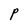
Character: P